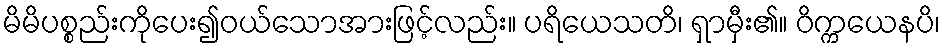
မိမိပစ္စည်းကိုပေး၍ဝယ်သောအားဖြင့်လည်း။ ပရိယေသတိ၊ ရှာမှီး၏။ ဝိက္ကယေနပိ၊